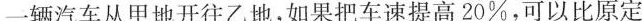
一辆汽车从甲地开往乙地，如果把车速提高20%，可以比原定